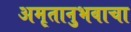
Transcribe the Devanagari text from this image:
अमृतानुभवाचा